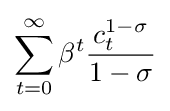
\sum _{t=0}^{\infty }\beta ^{t}{\frac {c_{t}^{1-\sigma }}{1-\sigma }}